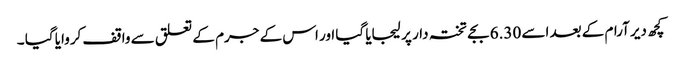
کچھ دیر آرام کے بعد اسے 6.30 بجے تختہ دار پر لیجایا گیا اور اس کے جرم کے تعلق سے واقف کروایا گیا ۔